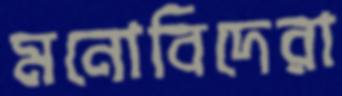
মনোবিদেরা